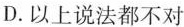
D.以上说法都不对